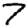
Digit: 7